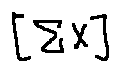
[ \sum X ]